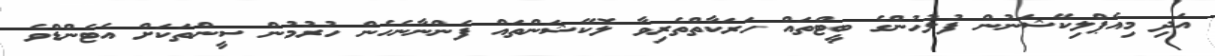
އަދި މިއެޕްލިކޭޝަނުން ފުލުހުންގެ ބީޓްތައް ހަރަކާތްތެރިވާ ލޮކޭޝަންތައް ފެންނާނެހެން ހުރުމުން ސީންތަކަށް އެޓެންޑްވެ